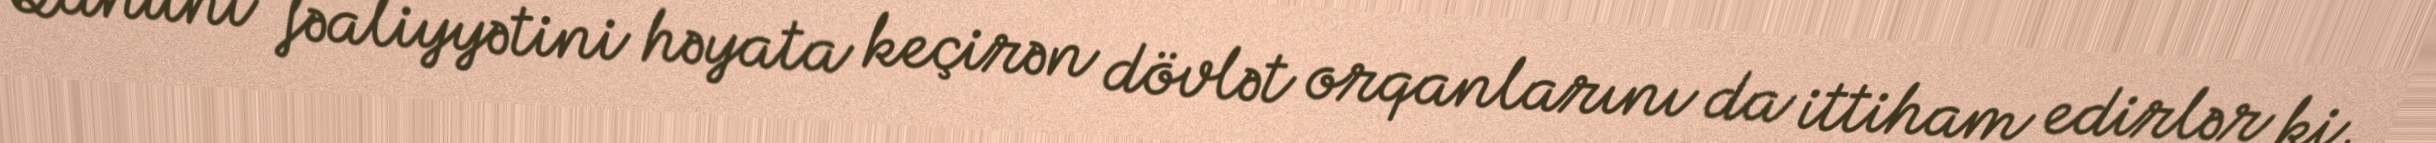
Qanuni fəaliyyətini həyata keçirən dövlət orqanlarını da ittiham edirlər ki,